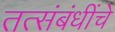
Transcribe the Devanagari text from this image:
तत्संबंधींचे